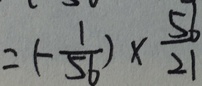
= ( - \frac { 1 } { 5 6 } ) \times \frac { 5 6 } { 2 1 }